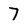
Character: 7